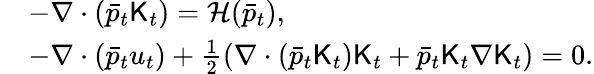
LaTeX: \begin{array}{rl}&{-\nabla\cdot(\bar{p}_{t}{\sf K}_{t})=\mathcal H(\bar{p}_{t}),}\\ &{-\nabla\cdot(\bar{p}_{t}u_{t})+\frac{1}{2}(\nabla\cdot(\bar{p}_{t}{\sf K}_{t}){\sf K}_{t}+\bar{p}_{t}{\sf K}_{t}\nabla{\sf K}_{t})=0.}\end{array}